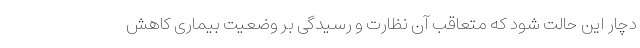
دچار این حالت شود که متعاقب آن نظارت و رسیدگی بر وضعیت بیماری کاهش